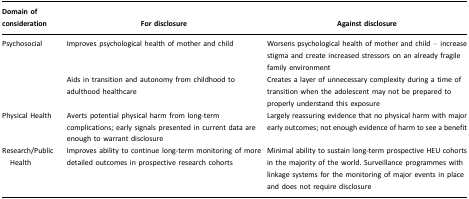
| Domain of consideration | For disclosure | Against disclosure |
 | --- | --- | --- |
 | Psychosocial | Improves psychological health of mother and child | Worsens psychological health of mother and child – increase stigma and create increased stressors on an already fragile family environment |
 |  | Aids in transition and autonomy from childhood to adulthood healthcare | Creates a layer of unnecessary complexity during a time of transition when the adolescent may not be prepared to properly understand this exposure |
 | Physical Health | Averts potential physical harm from long-term complications; early signals presented in current data are enough to warrant disclosure | Largely reassuring evidence that no physical harm with major early outcomes; not enough evidence of harm to see a benefit |
 | Research/Public Health | Improves ability to continue long-term monitoring of more detailed outcomes in prospective research cohorts | Minimal ability to sustain long-term prospective HEU cohorts in the majority of the world. Surveillance programmes with linkage systems for the monitoring of major events in place and does not require disclosure |